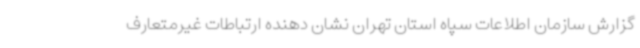
گزارش سازمان اطلاعات سپاه استان تهران نشان دهنده ارتباطات غیرمتعارف